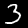
Digit: 3